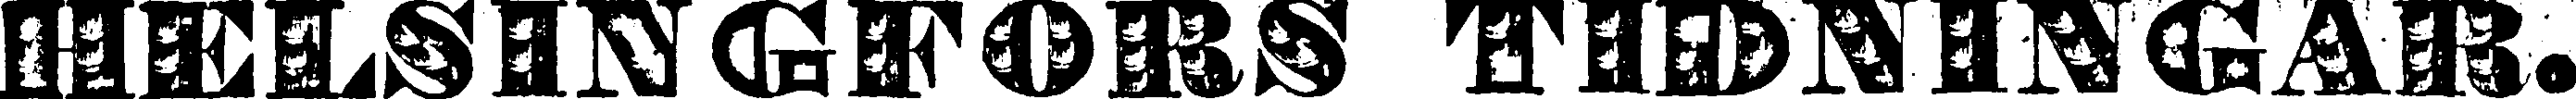
HELSINGFORS TIDNINGAR.